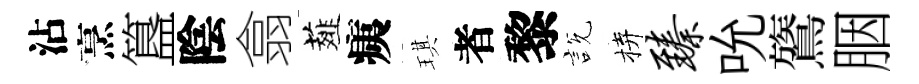
沾烹簋陰翕薤痍琪者黎説拚臻吮鷟胭